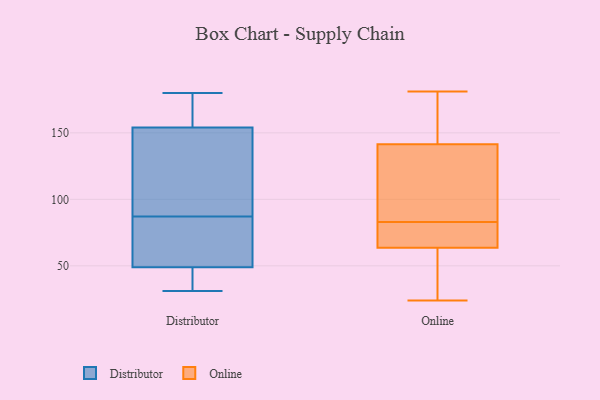
{"axis": {"x": "Budget (USD K)", "y": "Value"}, "legend": ["Distributor", "Online"], "data": [{"x": "", "y": 147, "type": "Distributor"}, {"x": "", "y": 156, "type": "Distributor"}, {"x": "", "y": 50, "type": "Distributor"}, {"x": "", "y": 54, "type": "Distributor"}, {"x": "", "y": 38, "type": "Distributor"}, {"x": "", "y": 175, "type": "Distributor"}, {"x": "", "y": 152, "type": "Distributor"}, {"x": "", "y": 48, "type": "Distributor"}, {"x": "", "y": 102, "type": "Distributor"}, {"x": "", "y": 89, "type": "Distributor"}, {"x": "", "y": 85, "type": "Distributor"}, {"x": "", "y": 180, "type": "Distributor"}, {"x": "", "y": 33, "type": "Distributor"}, {"x": "", "y": 31, "type": "Distributor"}, {"x": "", "y": 113, "type": "Distributor"}, {"x": "", "y": 77, "type": "Distributor"}, {"x": "", "y": 83, "type": "Distributor"}, {"x": "", "y": 34, "type": "Distributor"}, {"x": "", "y": 159, "type": "Distributor"}, {"x": "", "y": 176, "type": "Distributor"}, {"x": "", "y": 181, "type": "Online"}, {"x": "", "y": 68, "type": "Online"}, {"x": "", "y": 24, "type": "Online"}, {"x": "", "y": 73, "type": "Online"}, {"x": "", "y": 130, "type": "Online"}, {"x": "", "y": 68, "type": "Online"}, {"x": "", "y": 59, "type": "Online"}, {"x": "", "y": 157, "type": "Online"}, {"x": "", "y": 138, "type": "Online"}, {"x": "", "y": 145, "type": "Online"}, {"x": "", "y": 138, "type": "Online"}, {"x": "", "y": 45, "type": "Online"}, {"x": "", "y": 77, "type": "Online"}, {"x": "", "y": 164, "type": "Online"}, {"x": "", "y": 89, "type": "Online"}, {"x": "", "y": 52, "type": "Online"}]}